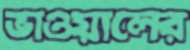
ভাওয়ালের